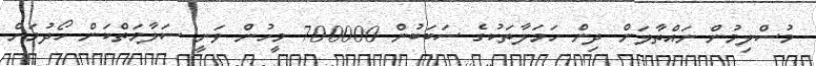
މުސްލިމުން ނައްތާލަން ދިން ހަމަލާތަކުގެ ސަބަބުން 700000 މީހުން ވަނީ ސަލާމަތްކަން ހޯދުމަށް